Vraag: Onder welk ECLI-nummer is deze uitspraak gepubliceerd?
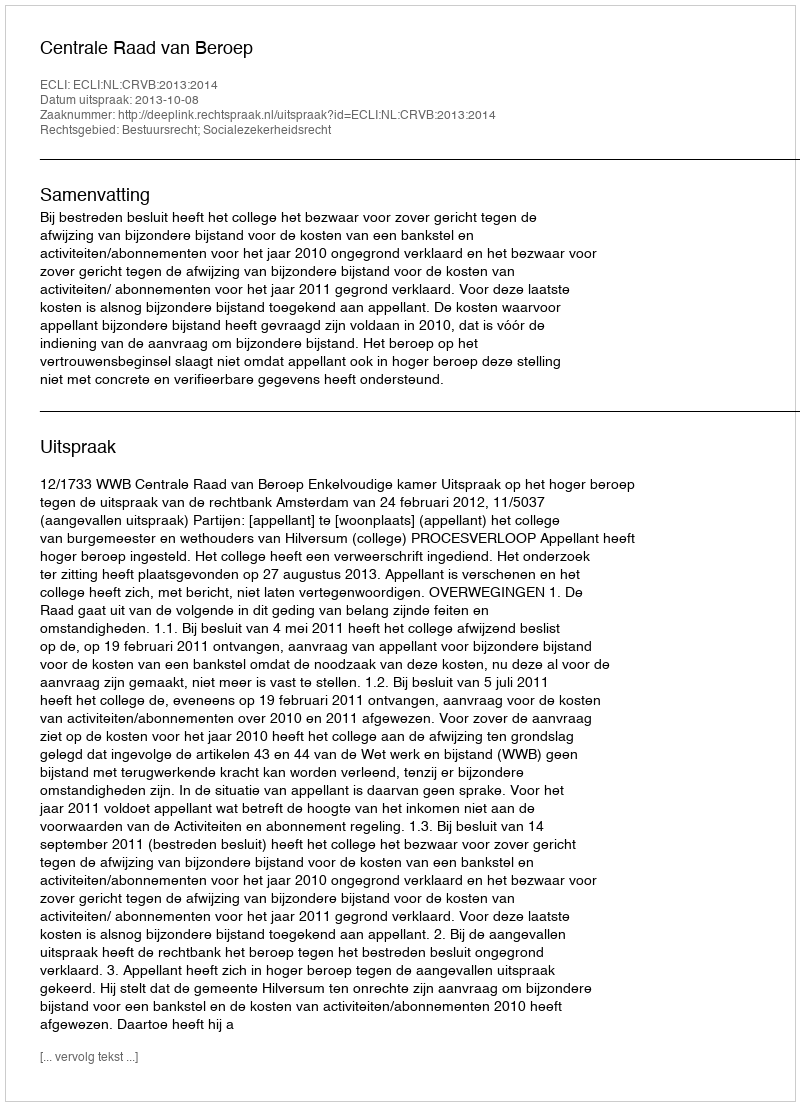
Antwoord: ECLI:NL:CRVB:2013:2014